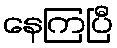
နေကြပြီ